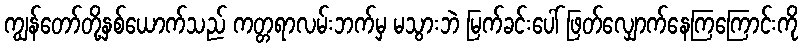
ကျွန်တော်တို့နှစ်ယောက်သည် ကတ္တရာလမ်းဘက်မှ မသွားဘဲ မြက်ခင်းပေါ် ဖြတ်လျှောက်နေကြကြောင်းကို